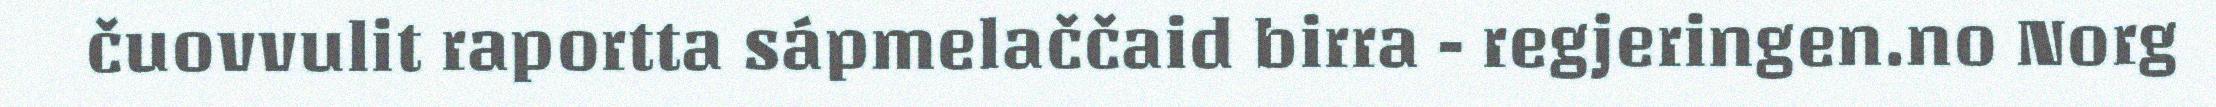
čuovvulit raportta sápmelaččaid birra - regjeringen.no Norg